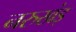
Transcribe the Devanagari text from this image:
नरुखंड़